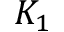
K _ { 1 }